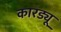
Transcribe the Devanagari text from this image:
कारड्यू